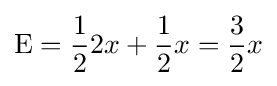
\operatorname {E} ={\frac {1}{2}}2x+{\frac {1}{2}}x={\frac {3}{2}}x